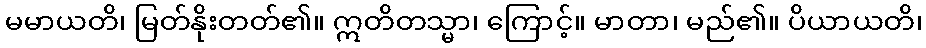
မမာယတိ၊ မြတ်နိုးတတ်၏။ ဣတိတသ္မာ၊ ကြောင့်။ မာတာ၊ မည်၏။ ပိယာယတိ၊